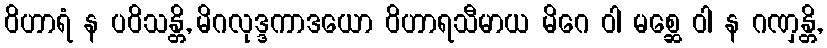
ဝိဟာရံ န ပဝိသန္တိ, မိဂလုဒ္ဒကာဒယော ဝိဟာရသီမာယ မိဂေ ဝါ မစ္ဆေ ဝါ န ဂဏှန္တိ,